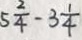
a = 5 \frac { 2 } { 4 } - 3 \frac { 1 } { 4 }